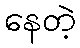
နေတဲ့